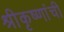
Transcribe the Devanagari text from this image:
श्रीकृष्णांची